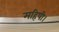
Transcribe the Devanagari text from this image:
महिषी।